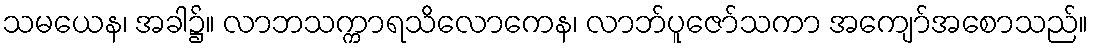
သမယေန၊ အခါ၌။ လာဘသက္ကာရသိလောကေန၊ လာဘ်ပူဇော်သကာ အကျော်အစောသည်။